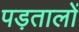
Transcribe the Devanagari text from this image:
पड़तालों